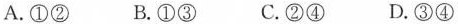
A.①② B.①③ C.②④ D.③④